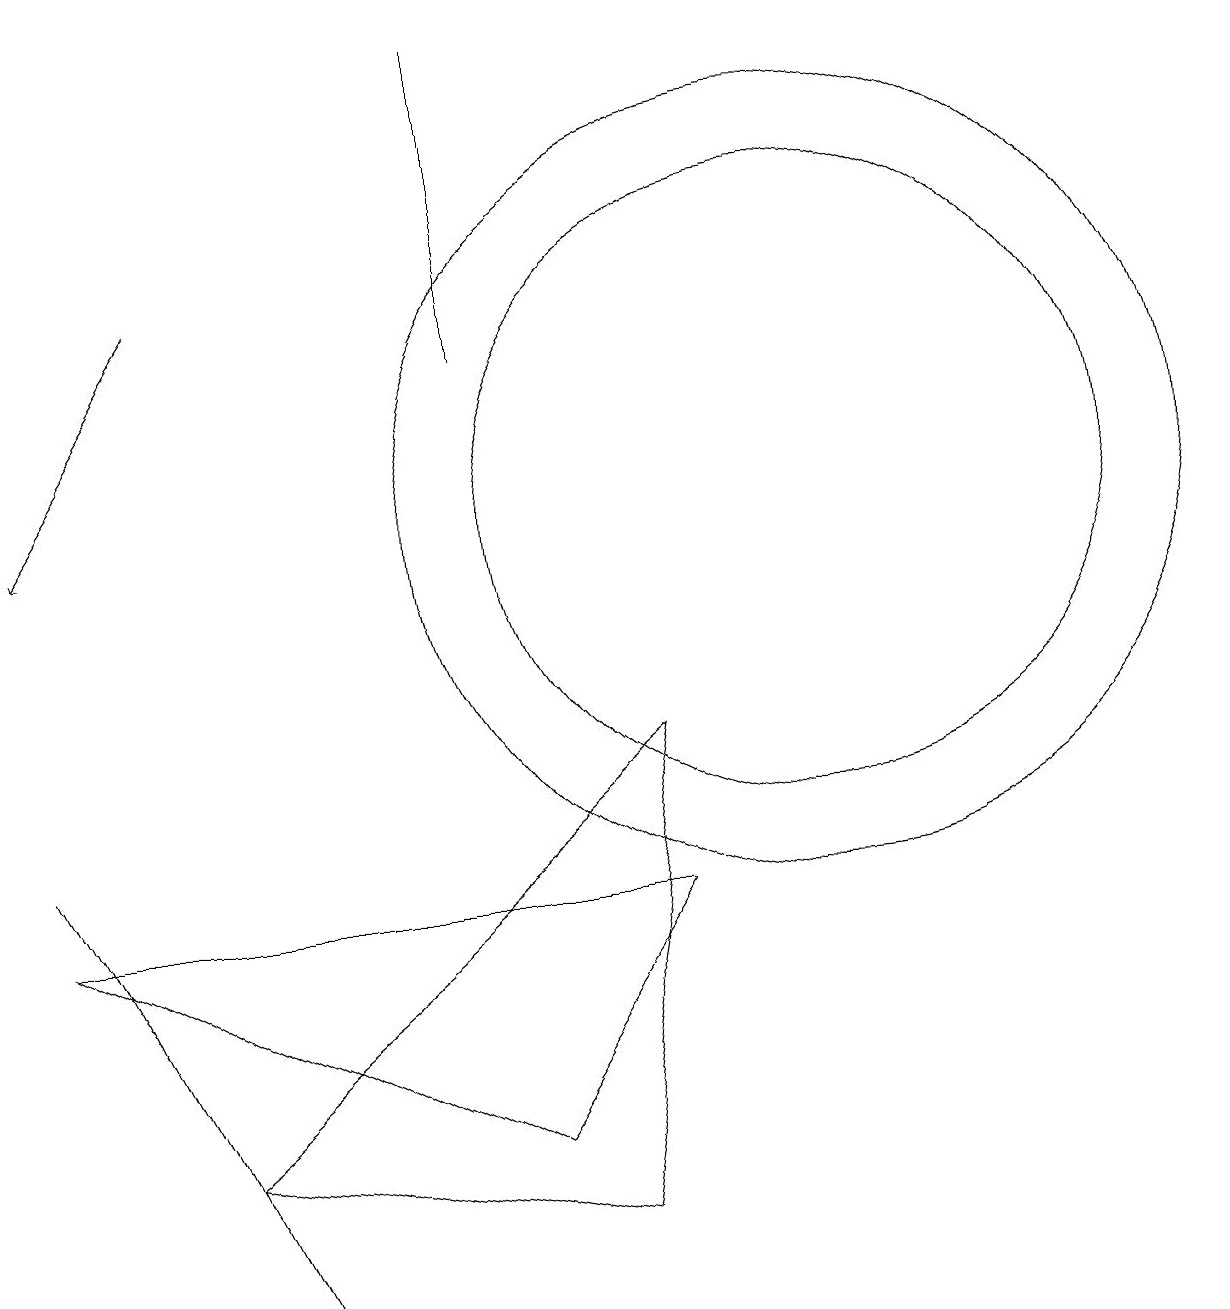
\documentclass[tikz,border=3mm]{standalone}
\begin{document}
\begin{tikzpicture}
\draw (1,7) -- (4,1) -- (3,3) -- cycle;
\draw (7,3) -- (1,6) -- (9,6) -- cycle;
\draw (9,8) -- (8,2) -- (3,3) -- cycle;
\draw (11,11) circle (5);
\draw (7,17) rectangle (7,13);
\draw (11,11) circle (4);
\draw[->] (3,14) -- (1,11);
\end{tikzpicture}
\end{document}